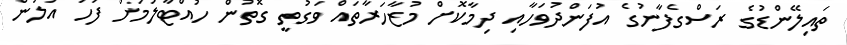
ތައިލޭންޑުގެ ރަސްގެފާނުގެ އުފަންދުވަހާއި ދިމާކޮށް މުޒާހަރާތައް ވަގުތީ ގޮތުން ހުއްޓާލުމަށް ފަހު އަލުން